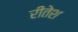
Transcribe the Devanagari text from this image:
रीतेश